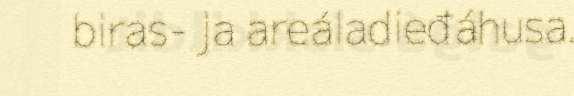
biras- ja areáladieđáhusa.